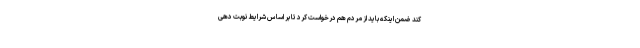
کند ضمن اینکه باید از مردم هم درخواست کرد تا بر اساس شرایط نوبت دهی